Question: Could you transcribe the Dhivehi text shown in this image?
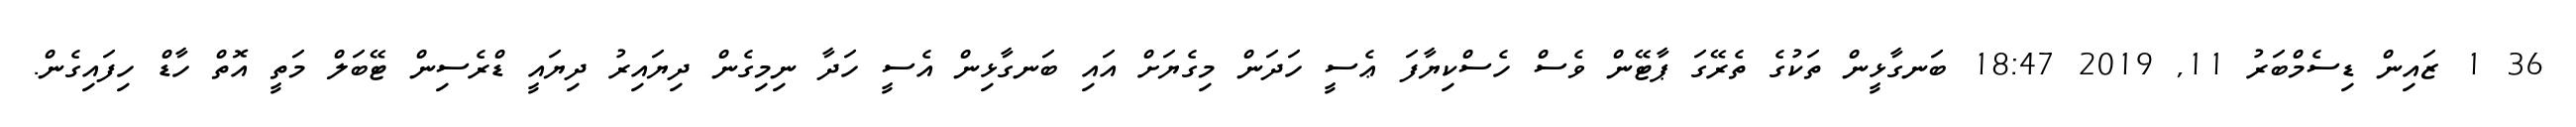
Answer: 36 1 ޒައިން ޑިސެމްބަރު 11, 2019 18:47 ބަނގާޅީން ތަކުގެ ތެރޭގަ ޕާޓޭން ވެސް ހެސްކިޔާފަ ޢެސީ ހަދަން މިގެޔަށް އައި ބަނގާޅިން އެސީ ހަދާ ނިމިގެން ދިޔައިރު ދިޔައީ ޑްރެސިން ޓޭބަލް މަތީ އޮތް ހާޑް ހިފައިގެން.